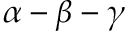
\boldsymbol { \alpha } - \boldsymbol { \beta } - \boldsymbol { \gamma }